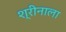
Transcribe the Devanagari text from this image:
श्रीनाला